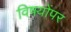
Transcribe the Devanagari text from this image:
विषयोंपर